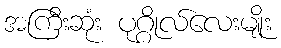
အကြီးဆုံး ပုဂ္ဂိုလ်လေးမျိုး